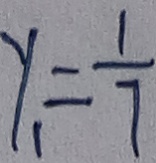
y = \frac { 1 } { 7 }